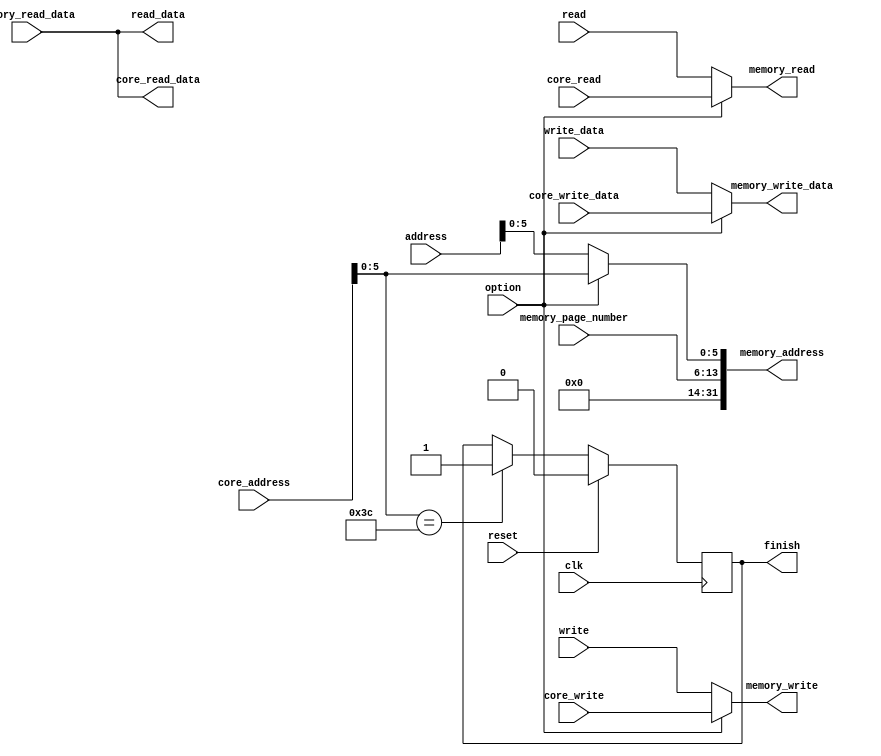
module BUS (
    // control signal
    input wire clk,
    input wire reset,
    input wire option, // 0 master - 1 core
    input wire [7:0] memory_page_number,
    output reg finish,

    // master connection
    input wire read,
    input wire write,
    input wire [31:0] address,
    input wire [31:0] write_data,
    output wire [31:0] read_data,

    // core connection
    input wire core_read,
    input wire core_write,
    input wire [31:0] core_address,
    input wire [31:0] core_write_data,
    output wire [31:0] core_read_data,

    // memory connection
    output wire memory_read,
    output wire memory_write,
    input wire [31:0] memory_read_data,
    output wire [31:0] memory_address,
    output wire [31:0] memory_write_data
);

assign memory_address = (option == 1'b1) ? {18'h00000, memory_page_number, core_address[5:0]}: {18'h00000, memory_page_number, address[5:0]};
assign memory_read = (option == 1'b1) ? core_read : read ;
assign memory_write = (option == 1'b1) ? core_write : write ;
assign memory_write_data = (option == 1'b1) ? core_write_data : write_data ;
assign read_data = memory_read_data;
assign core_read_data = memory_read_data;

always @(posedge clk ) begin
    if(reset == 1'b1) begin
        finish <= 1'b0;
    end else begin
        if(core_address[5:0] == 'd60) begin
            finish <= 1'b1;
        end
    end
end

endmodule